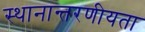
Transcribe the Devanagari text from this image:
स्थानान्तरणीयता